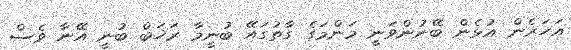
އަހަރެން އުޅެން ބޭނުންވަނީ މަންމަގެ ގާތުގައޭ ބުނީމާ ރަޚަބް ބުނީ އޭނާ ވެސް